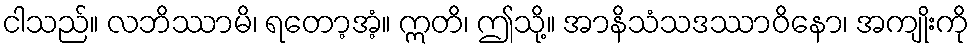
ငါသည်။ လဘိဿာမိ၊ ရတော့အံ့။ ဣတိ၊ ဤသို့။ အာနိသံသဒဿာဝိနော၊ အကျိုးကို